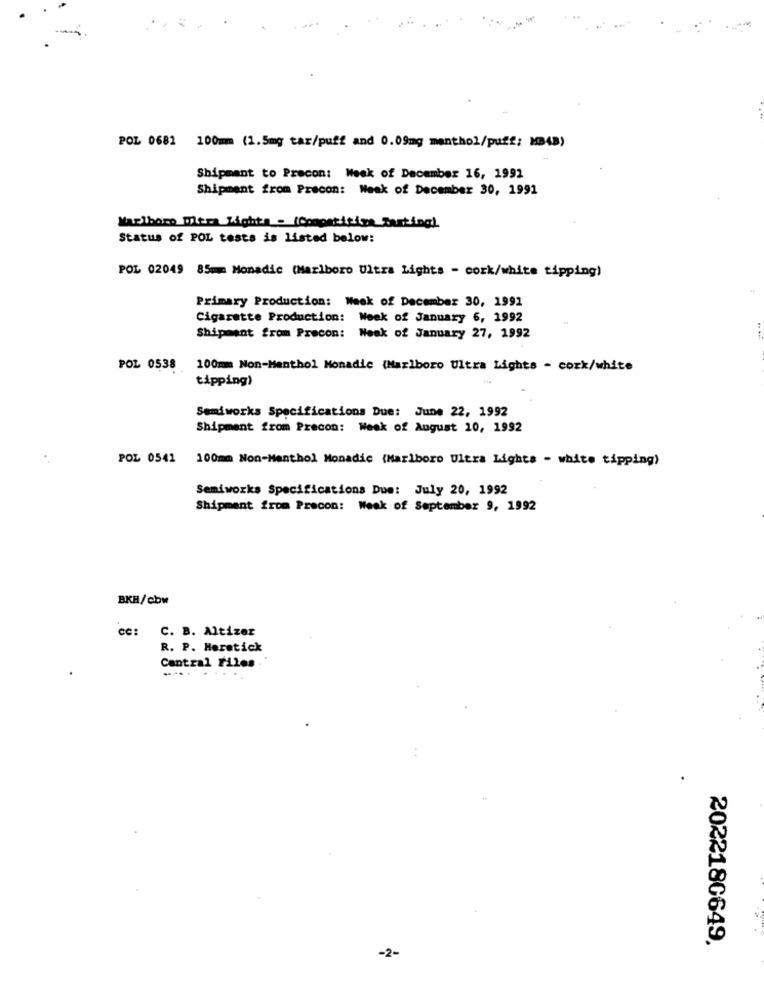
POL 0681 100mm (1.5mg tar/puff and 0.09mg menthol/puff; MB4B)
Shipment to Precon: Week of December 16, 1992
Shipment from Precon: Weak of December 30, 1991
Marlboro witra Rights - (Competitive Farting).
Status of POL tests is listed below:
POL 02049 85m Monadic (Marlboro Ultra Lights - cork/white tipping)
Primary Production: Week of December 30, 1991
Cigarette Production: Week of January 6, 1992
Shipment from Precon: Week of January 27, 1992
POL 0538 100mm Non-Menthol Monadic (Marlboro Ultra Lights - cork/white
tipping)
Semiworks Specifications Due: June 22, 1992
Shipment from Precon: Week of August 10, 1992
POL 0541 100mm Non-Menthol Monadic (Marlboro Ultra Lights - white tipping)
Semiworks Specifications Due: July 20, 1992
Shipment from Precon: Week of September 9, 1992
BKH/cbw
cc: C. B. Altizer
R. P. Heretick
Cantzal Files .
2022180649.
-2-